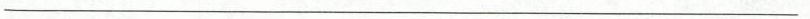
___